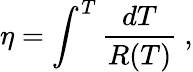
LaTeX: \eta=\int^{T}\frac{dT}{R(T)}~,